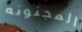
المجنونه